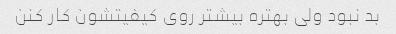
بد نبود ولی بهتره بیشتر روی کیفیتشون کار کنن